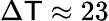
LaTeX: \Delta\mathsf{T}\approx23